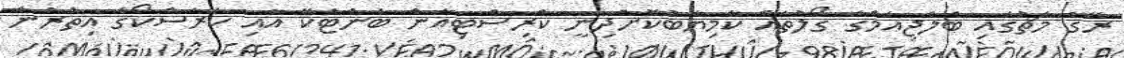
ރޭގެ މެޗުގައި ބެލްޖިއަމްގެ ގޯލުތައް ކާމިޔާބުކޮށްދިނީ ކްރިސްޓިއަން ބެންޓެކޭ އާއި ކަރަސްކޯގެ އިތުރުން